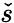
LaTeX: \check{s}